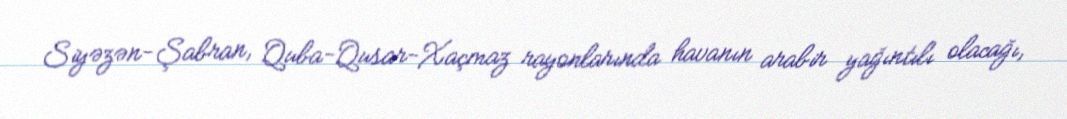
Siyəzən-Şabran, Quba-Qusar-Xaçmaz rayonlarında havanın arabir yağıntılı olacağı,